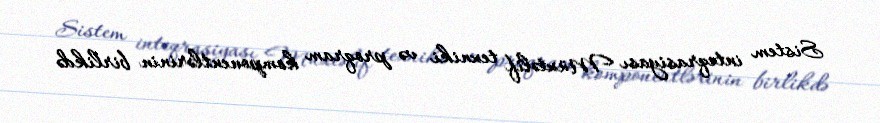
Sistem inteqrasiyası Müxtəlif texniki və proqram komponentlərinin birlikdə